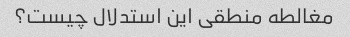
مغالطه منطقی این استدلال چیست؟